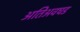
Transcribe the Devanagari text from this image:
अतिअवघड